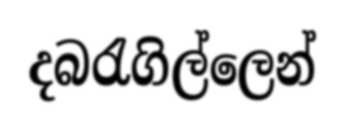
දබරැගිල්ලෙන්